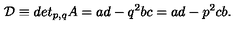
\mathcal { D } \equiv d e t _ { p , q } A = a d - q ^ { 2 } b c = a d - p ^ { 2 } c b .